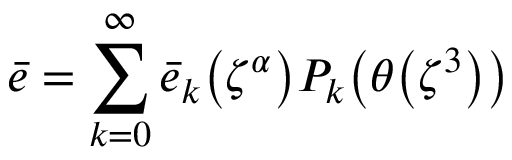
\bar { e } = \sum _ { k = 0 } ^ { \infty } \bar { e } _ { k } \mathopen { } \mathclose \bgroup \left( \zeta ^ { \alpha } \aftergroup \egroup \right) P _ { k } \mathopen { } \mathclose \bgroup \left( \theta \mathopen { } \mathclose \bgroup \left( \zeta ^ { 3 } \aftergroup \egroup \right) \aftergroup \egroup \right)